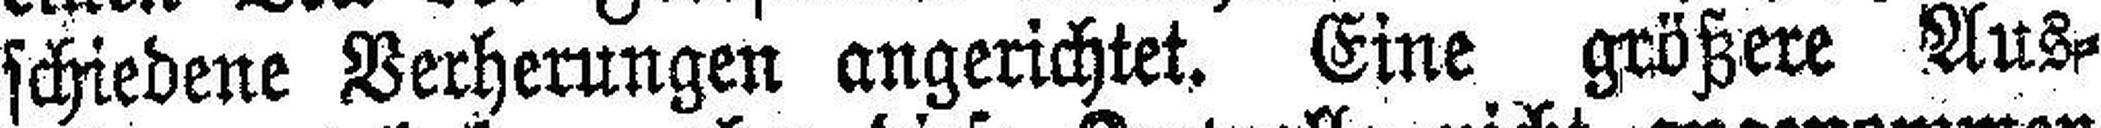
schiedene Verherungen angerichtet. Eine größere Aus¬